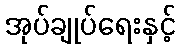
အုပ်ချုပ်ရေးနှင့်